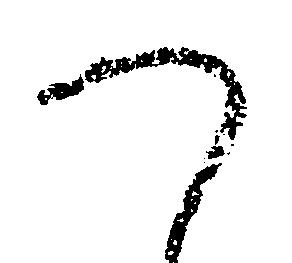
つ